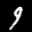
Label: 9